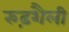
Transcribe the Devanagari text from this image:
रुढ़शैली